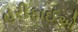
હરીફાઈઓ